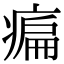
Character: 㾫